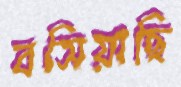
বসিয়াছি